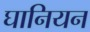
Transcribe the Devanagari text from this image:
घानियन